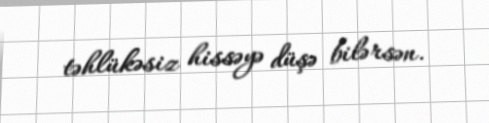
təhlükəsiz hissəyə düşə bilərsən.